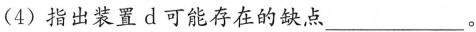
(4)指出装置d可能存在的缺点___。